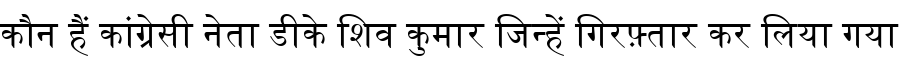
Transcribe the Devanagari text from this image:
कौन हैं कांग्रेसी नेता डीके शिव कुमार जिन्हें गिरफ़्तार कर लिया गया